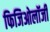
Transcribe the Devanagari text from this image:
फिजिओलॉजी